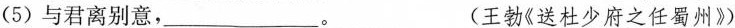
(5)与君离别意，___。 (王勃《送杜少府之任蜀州》)